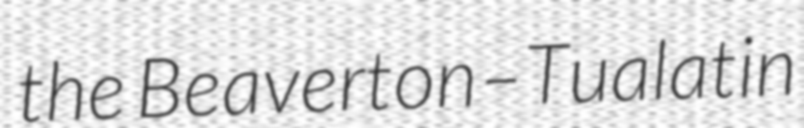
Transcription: the Beaverton–Tualatin